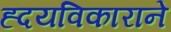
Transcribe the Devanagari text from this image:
ह्दयविकाराने